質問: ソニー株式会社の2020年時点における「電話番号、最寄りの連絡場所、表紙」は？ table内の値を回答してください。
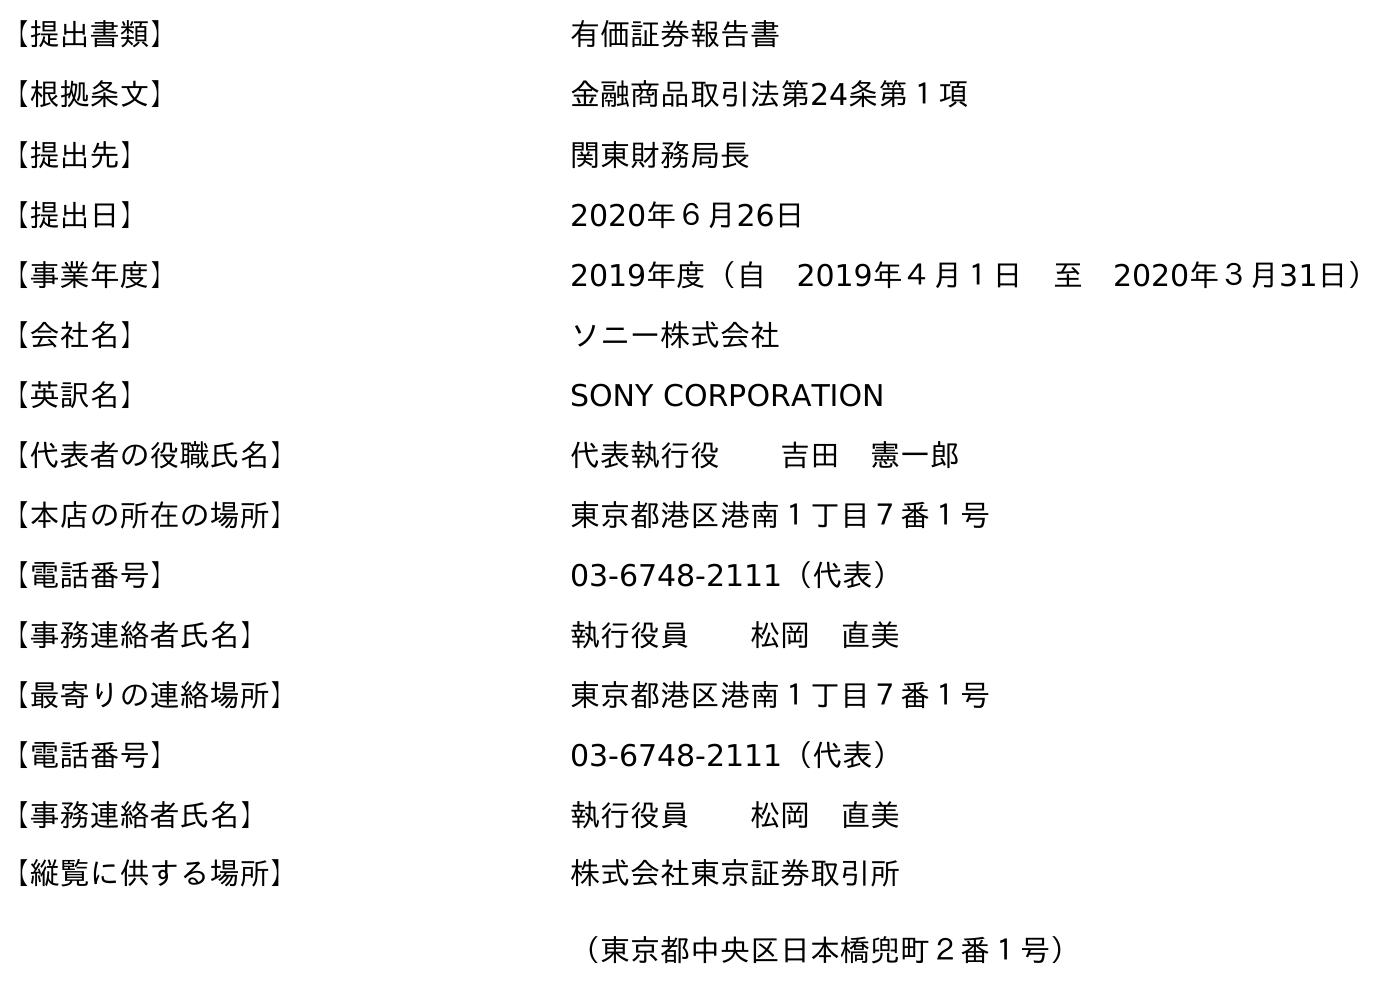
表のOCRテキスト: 【提出書類】 有価証券報告書 【根拠条文】 金融商品取引法第24条第１項 【提出先】 関東財務局長 【提出日】 2020年６月26日 【事業年度】 2019年度（自 2019年４月１日 至 2020年３月31日） 【会社名】 ソニー株式会社 【英訳名】 SONY CORPORATION 【代表者の役職氏名】 代表執行役  吉田 憲一郎 【本店の所在の場所】 東京都港区港南１丁目７番１号 【電話番号】 03-6748-2111（代表） 【事務連絡者氏名】 執行役員  松岡 直美 【最寄りの連絡場所】 東京都港区港南１丁目７番１号 【電話番号】 03-6748-2111（代表） 【事務連絡者氏名】 執行役員  松岡 直美 【縦覧に供する場所】 株式会社東京証券取引所 （東京都中央区日本橋兜町２番１号）
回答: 03-6748-2111（代表）